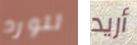
للورد أريد